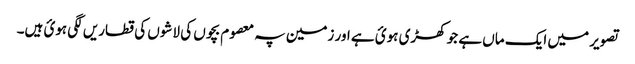
تصویر میں ایک ماں ہے جو کھڑی ہوئ ہے اور زمین پہ معصوم بچوں کی لاشوں کی قطاریں لگی ہوئ ہیں۔